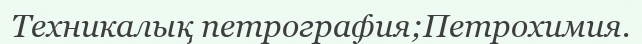
Техникалық петрография;Петрохимия.